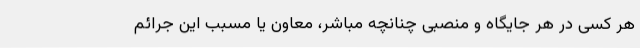
هر کسی در هر جایگاه و منصبی چنانچه مباشر، معاون یا مسبب این جرائم